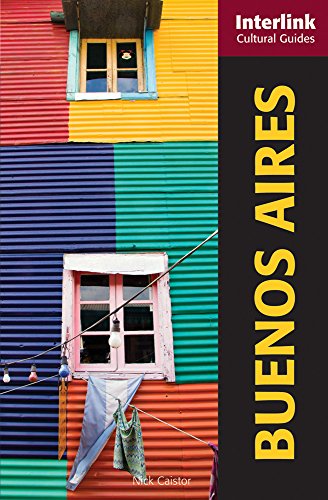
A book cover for Buenos Aires: A Cultural Guide (Interlink Cultural Guides); Nick Caistor; Travel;